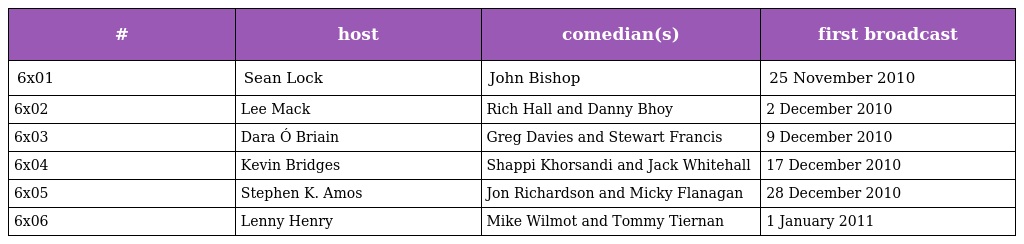
| # | host | comedian(s) | first broadcast |
 | --- | --- | --- | --- |
 | 6x01 | Sean Lock | John Bishop | 25 November 2010 |
 | 6x02 | Lee Mack | Rich Hall and Danny Bhoy | 2 December 2010 |
 | 6x03 | Dara Ó Briain | Greg Davies and Stewart Francis | 9 December 2010 |
 | 6x04 | Kevin Bridges | Shappi Khorsandi and Jack Whitehall | 17 December 2010 |
 | 6x05 | Stephen K. Amos | Jon Richardson and Micky Flanagan | 28 December 2010 |
 | 6x06 | Lenny Henry | Mike Wilmot and Tommy Tiernan | 1 January 2011 |